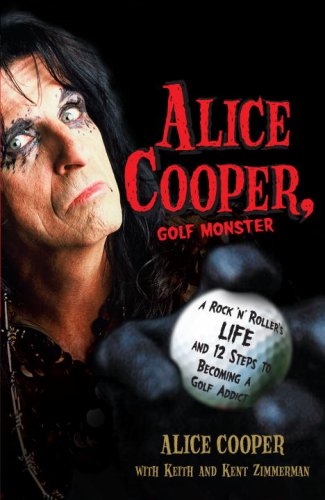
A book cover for Alice Cooper, Golf Monster: A Rock 'n' Roller's Life and 12 Steps to Becoming a Golf Addict; Alice Cooper; Biographies & Memoirs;